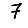
Digit: 7